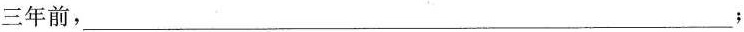
三年前，___；